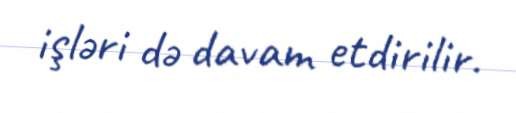
işləri də davam etdirilir.